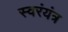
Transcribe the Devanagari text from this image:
स्वरंयंत्र